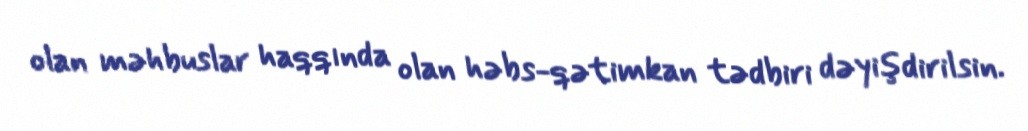
olan məhbuslar haqqında olan həbs-qətimkan tədbiri dəyişdirilsin.